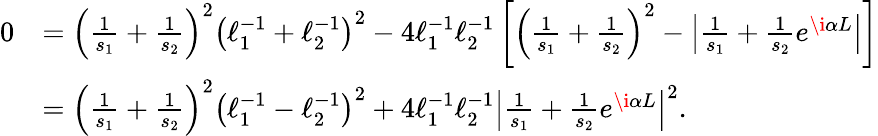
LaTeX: \begin{array}{rl}{0}&{=\left(\frac{1}{s_{1}}+\frac{1}{s_{2}}\right)^{2}\left(\ell_{1}^{-1}+\ell_{2}^{-1}\right)^{2}-4\ell_{1}^{-1}\ell_{2}^{-1}\left[\left(\frac{1}{s_{1}}+\frac{1}{s_{2}}\right)^{2}-\left|\frac{1}{s_{1}}+\frac{1}{s_{2}}e^{\i\alpha L}\right|\right]}\\ &{=\left(\frac{1}{s_{1}}+\frac{1}{s_{2}}\right)^{2}\left(\ell_{1}^{-1}-\ell_{2}^{-1}\right)^{2}+4\ell_{1}^{-1}\ell_{2}^{-1}\left|\frac{1}{s_{1}}+\frac{1}{s_{2}}e^{\i\alpha L}\right|^{2}.}\end{array}